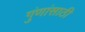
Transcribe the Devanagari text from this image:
गुंणांसाठी